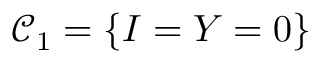
\mathcal { C } _ { 1 } = \{ I = Y = 0 \}